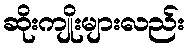
ဆိုးကျိုးများလည်း